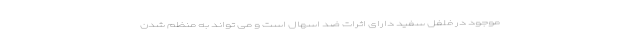
موجود در فلفل سفید دارای اثرات ضد اسهال است و می تواند به منظم شدن